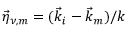
\vec { \eta } _ { \nu , m } = ( \vec { k } _ { i } - \vec { k } _ { m } ) / k